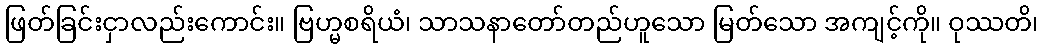
ဖြတ်ခြင်းငှာလည်းကောင်း။ ဗြဟ္မစရိယံ၊ သာသနာတော်တည်ဟူသော မြတ်သော အကျင့်ကို။ ဝုဿတိ၊